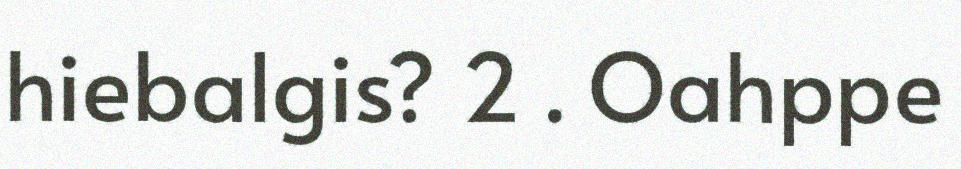
hiebalgis? 2 . Oahppe